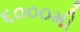
૬૦૦૦મી